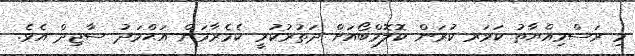
މި ރަސްމިއްޔާތު ކަވަރ ކުރަން ކޮލޮމްބޯއަށް ދަތުރުކުރީ ކެމެރާމަން އަޙްމަދު ސާޖިދް އެވެ.